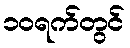
၁၀ရက်တွင်